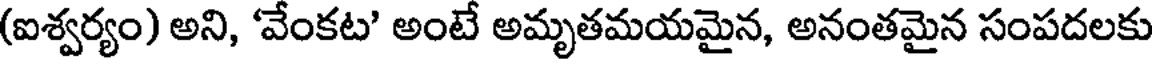
(ఐశ్వర్యం) అని, 'వేంకట' అంటే అమృతమయమైన, అనంతమైన సంపదలకు